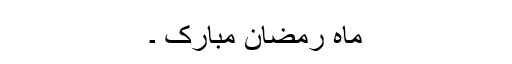
ماہ رمضان مبارک ۔